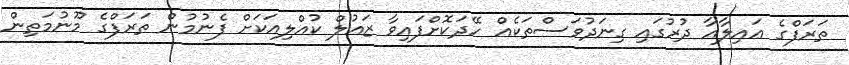
ތަރަފްގެ ޢައިލާއާ ދުރުގައި ގިނަދުވަސްތަކެއް ހޭދަކޮށްފައިވާ ޒައުލް ކުއްލިއަކަށް ފެނުމުން ތަރަފްގެ މޫނުމަތިން